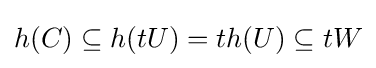
h(C)\subseteq h(tU)=th(U)\subseteq tW